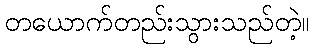
တယောက်တည်းသွားသည်တဲ့။